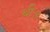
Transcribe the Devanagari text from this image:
थी॥